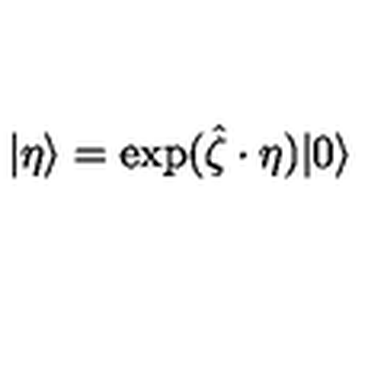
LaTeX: | \eta \rangle = \exp ( \hat { \zeta } \cdot \eta ) | 0 \rangle